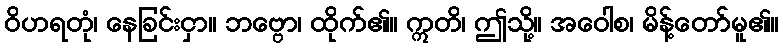
ဝိဟရတုံ၊ နေခြင်းငှာ။ ဘဗ္ဗော၊ ထိုက်၏။ ဣတိ၊ ဤသို့။ အဝေါစ၊ မိန့်တော်မူ၏။